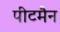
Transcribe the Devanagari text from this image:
पीटमैन